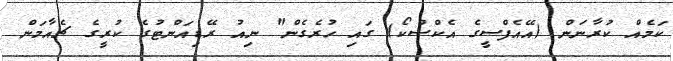
ކަމެއް ކުރާނަން (އޭއެފްސީގެ އެކްސްކޯ) ގައި ހުރެގެން" ނިއު ރޭޑިއަންޓުގެ ކުރީގެ ޗެއާމަން